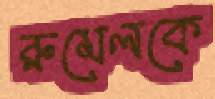
রুমেলকে